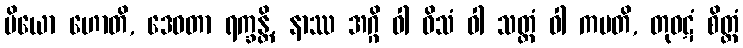
ပိယော ဟောတိ, ဒေဝတာ ရက္ခန္တိ, နာဿ အဂ္ဂိ ဝါ ဝိသံ ဝါ သတ္ထံ ဝါ ကမတိ, တုဝဋံ စိတ္တံ